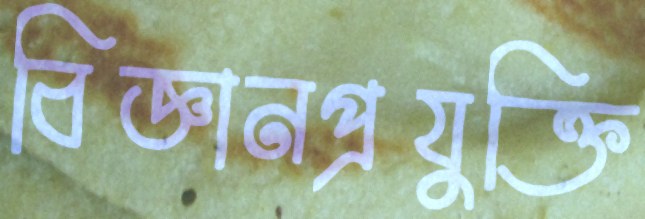
বিজ্ঞানপ্রযুক্তি